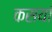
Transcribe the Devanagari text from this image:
कसयां